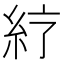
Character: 𥾼